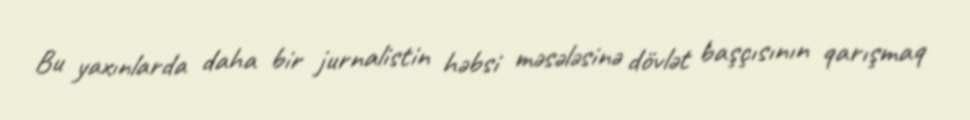
Bu yaxınlarda daha bir jurnalistin həbsi məsələsinə dövlət başçısının qarışmaq